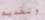
وتقديم